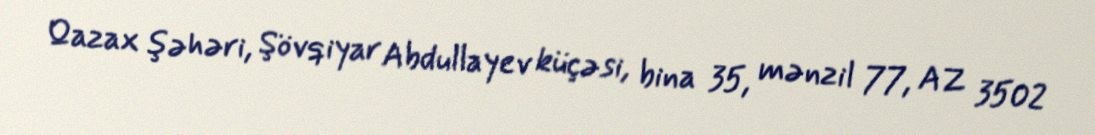
Qazax şəhəri, Şövqiyar Abdullayev küçəsi, bina 35, mənzil 77, AZ 3502